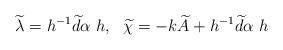
LaTeX: \begin{align*}\widetilde{\lambda}= h^{-1}\widetilde{d}\alpha \ h, \ \ \widetilde{\chi}=-k\widetilde{A}+h^{-1}\widetilde{d}\alpha \ h\end{align*}